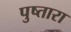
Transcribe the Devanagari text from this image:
पुष्तारा